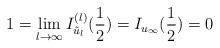
LaTeX: \begin{align*}1=\lim_{l\rightarrow \infty} I_{\tilde{u}_l}^{(l)}(\frac{1}{2})= I_{u_{\infty}}(\frac{1}{2})= 0 \end{align*}